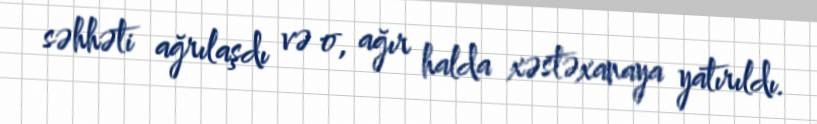
səhhəti ağrılaşdı və o, ağır halda xəstəxanaya yatırıldı.